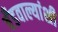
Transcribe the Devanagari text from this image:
बँडवाल्यांशी